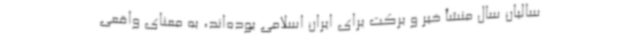
سالیان سال منشأ خیر و برکت برای ایران اسلامی بوده‌اند، به معنای واقعی